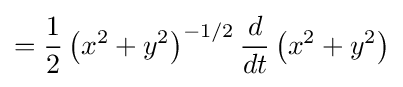
={\frac {1}{2}}\left(x^{2}+y^{2}\right)^{-1/2}{\frac {d}{dt}}\left(x^{2}+y^{2}\right)